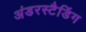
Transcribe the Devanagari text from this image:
अंडरस्टैडिंग